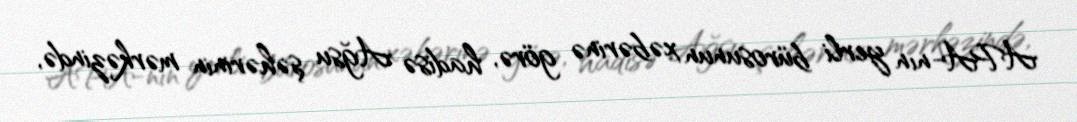
APA-nın yerli bürosunun xəbərinə görə, hadisə Ağsu şəhərinin mərkəzində,